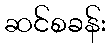
ဆင်စခန်း